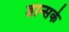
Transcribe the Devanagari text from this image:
डान्सके